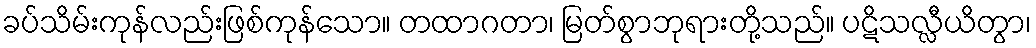
ခပ်သိမ်းကုန်လည်းဖြစ်ကုန်သော။ တထာဂတာ၊ မြတ်စွာဘုရားတို့သည်။ ပဋိသလ္လီယိတွာ၊